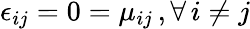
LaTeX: \epsilon_{ij}=0=\mu_{ij}\, ,\forall\, i\neq j